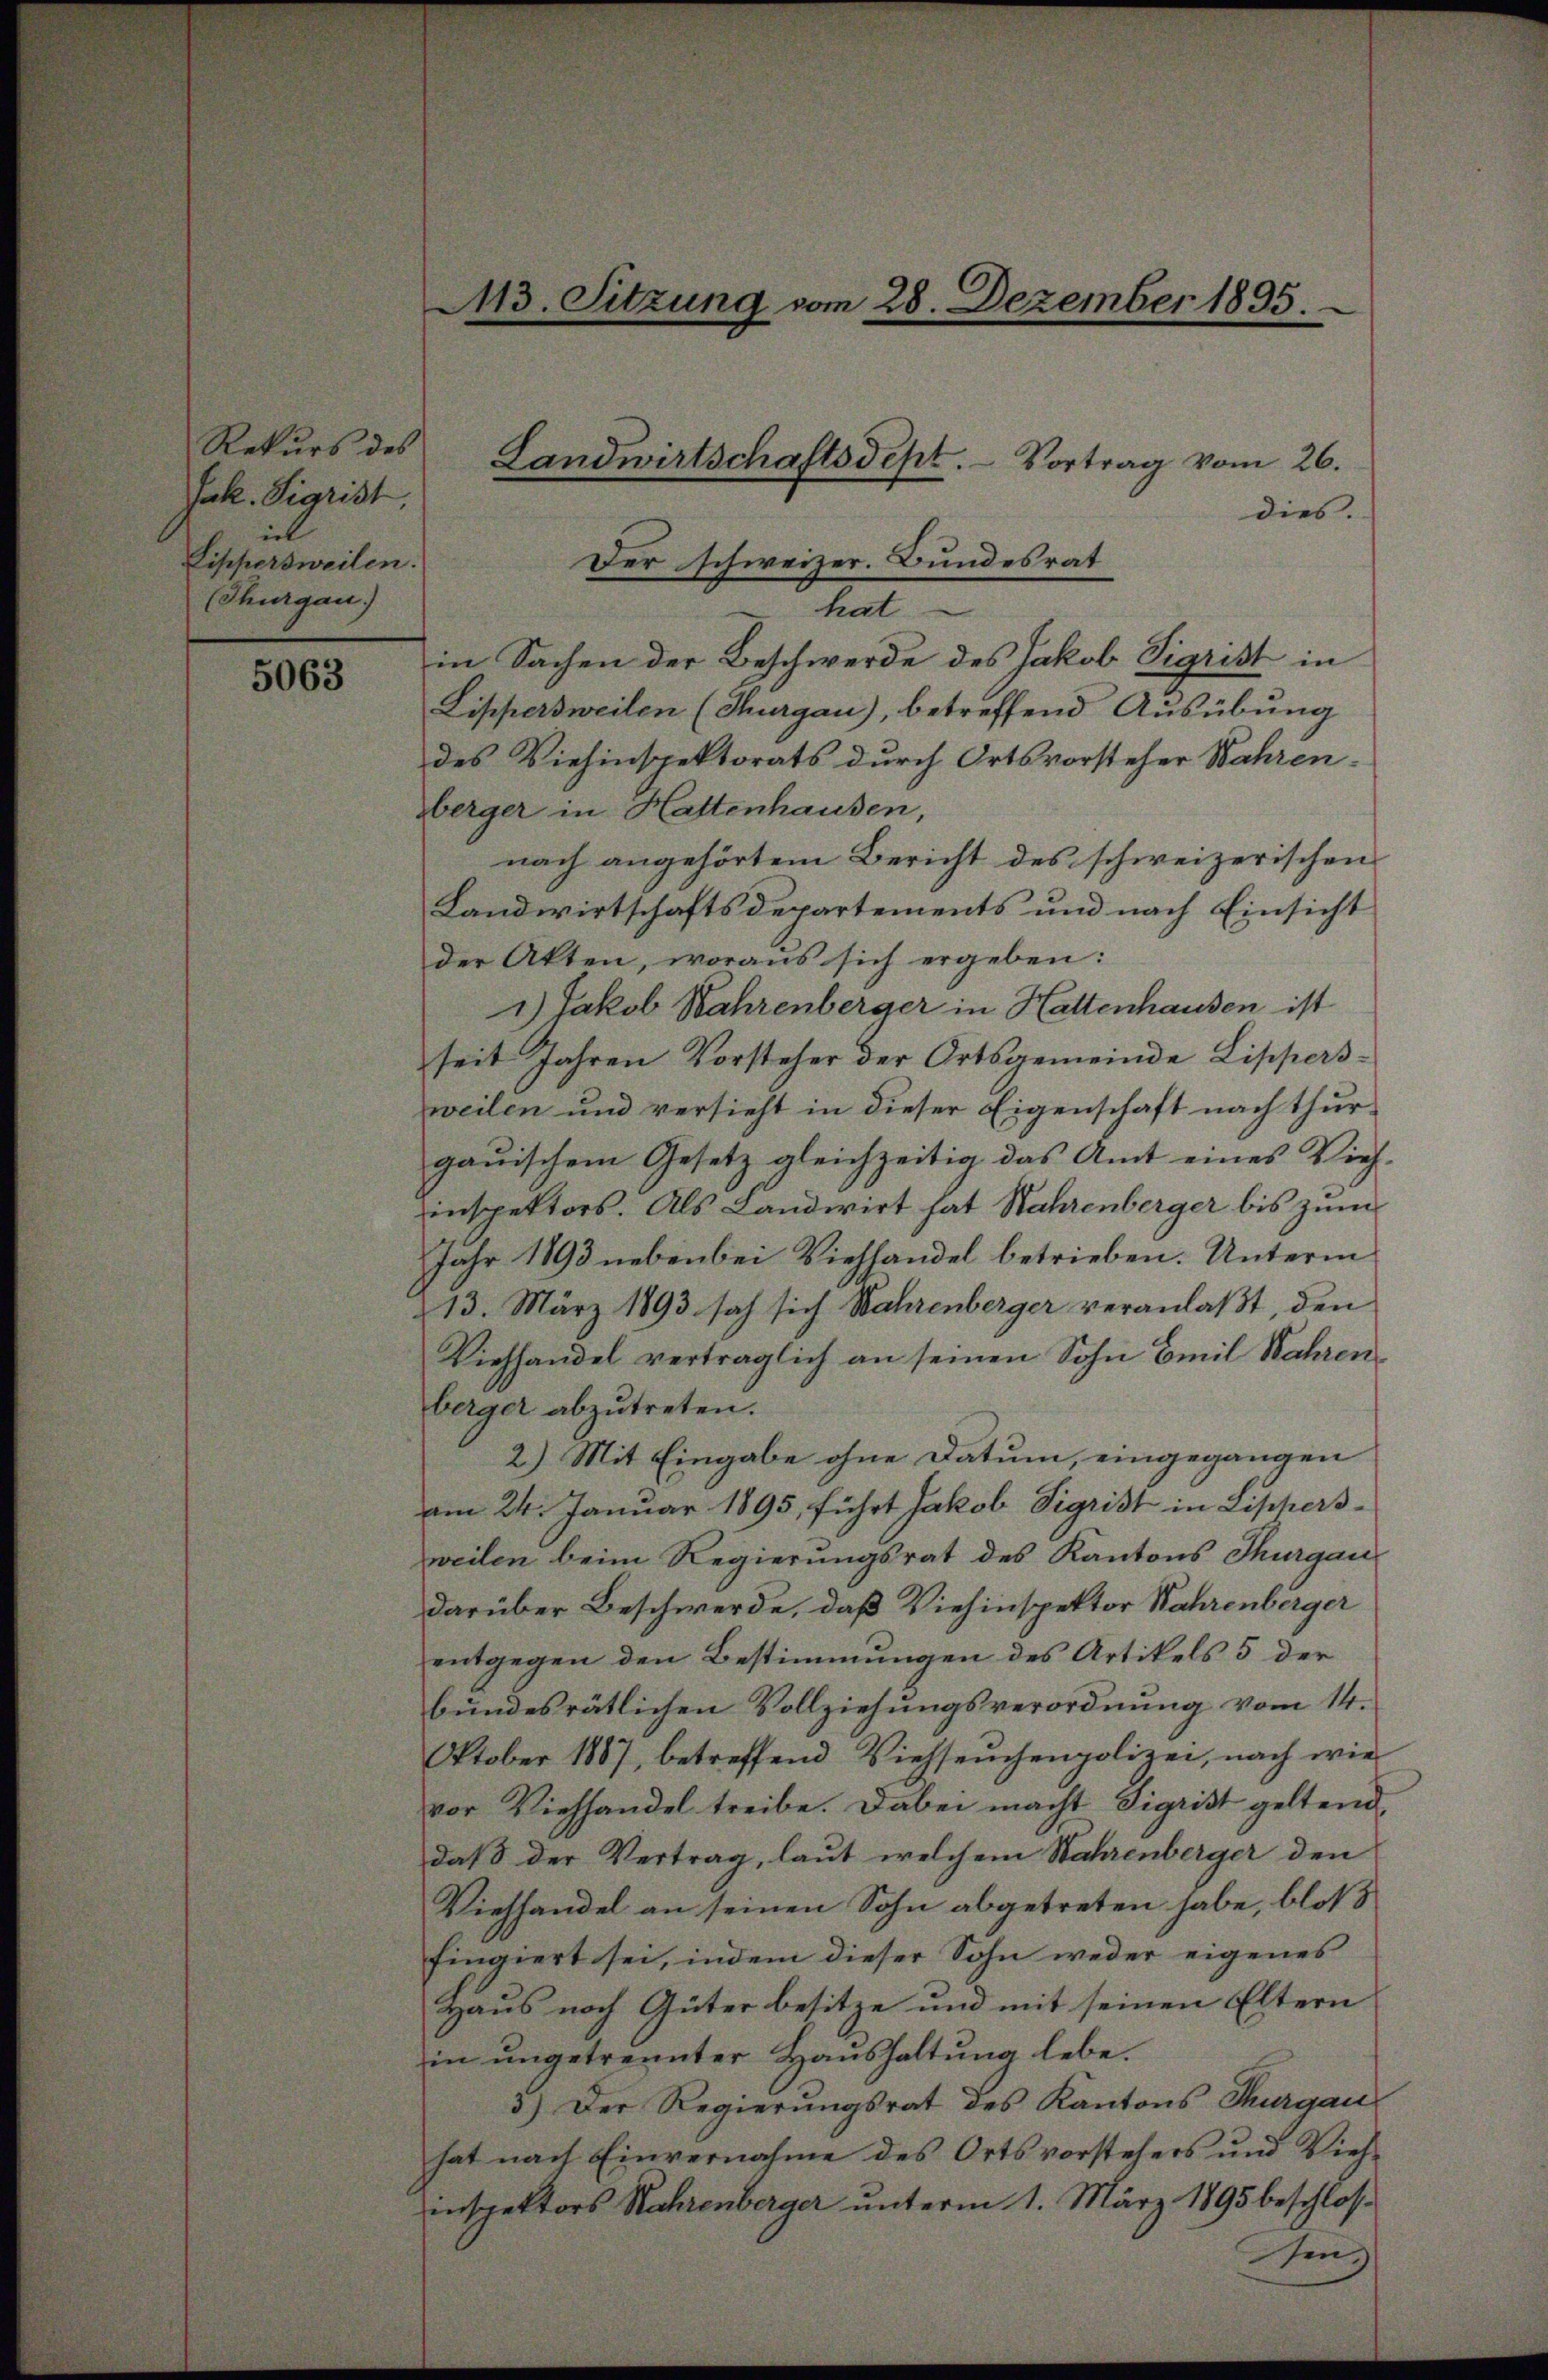
Rekurs des
Jak. Sigrist.
il
Lippersweilen.
(Thurgau)

5063

413. Sitzung vom 28. Dezember 1895.

Landwirtschaftsdept. Vortrag vom 26.

dies.
Der schweizer. Bundesrat
t
in Sachen der Beschwerde des Jakob Sigrist in
Lippersweilen (Thurgau), betreffend Ausübung
des Viehinspektorats durch Ortsvorsteher Wahrenberger in Hattenhausen,
nach angehörtem Bericht des schweizerischen
Landwirtschaftsdepartements und nach Einsicht
der Akten, woraus sich ergeben:
1.) Jakob Wahrenberger in Hattenhausen ist
seit Jahren Vorsteher der Ortsgemeinde Lippersweilen und versieht in dieser Eigenschaft nach thurgauischem Gesetz gleichzeitig das Amt eines Vieh-
inspektors. Als Landwirt hat Nahrenberger bis zum
Jahr 1893 nebenbei Viehhandel betrieben. Unterm
13. März 1893 sah sich Wahrenberger veranlaßt den
Viehhandel vertraglich an seinen Sohn Emil Wahren
berger abzŭtreten.
2.) Mit Eingabe ohne Datum, eingegangen
am 24. Januar 1895, führt Jakob Sigrist in Liphersweilen beim Regierungsrat des Kantons Thurgau
darüber Beschwerde, daß Viehinspektor Wahrenberger
entgegen den Bestimmungen des Artikels 5 der
bundesrätlichen Vollziehungsverordnung vom 14.
Oktober 1887, betreffend Viehseuchenpolizei, nach wie
vor Viehhandel treibe. Dabei macht Sigrist geltend
daß der Vertrag, laut welchem Wahrenberger den
Viehhandel an seinen Sohn abgetreten habe, bloß
fingiert sei, indem dieser Sohn weder eigenes
Haus noch Güter besitze und mit seinen Eltern
in ungetrennter Haushaltung lebe.
3.) Der Regierungsrat des Kantons Thurgau
hat nach Einvernahme des Ortsvorstehers und Vieh-
inspektors Rahrenberger unterm 1. März 1895 beschlos-
sing